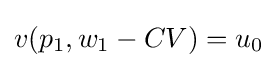
v(p_{1},w_{1}-CV)=u_{0}